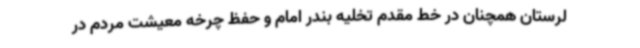
لرستان همچنان در خط مقدم تخلیه بندر امام و حفظ چرخه معیشت مردم در